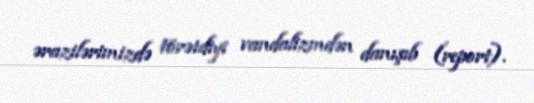
ərazilərimizdə törətdiyi vandalizmdən danışıb (report).